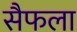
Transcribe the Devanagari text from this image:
सैफला